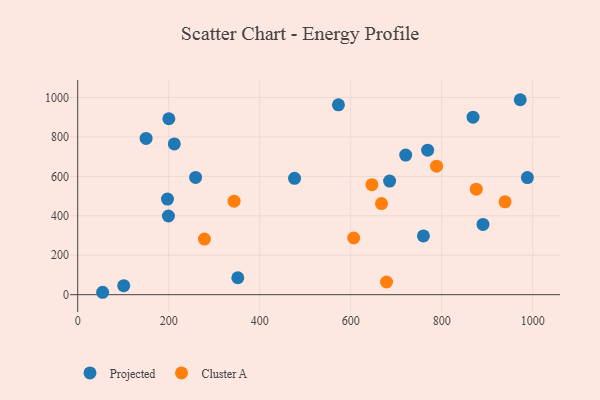
{"axis": {"x": "Investment", "y": "Salary"}, "legend": ["Cluster A", "Projected"], "data": [{"x": "988.1", "y": 593.7, "type": "Projected"}, {"x": "259.1", "y": 594.6, "type": "Projected"}, {"x": "199.4", "y": 399.0, "type": "Projected"}, {"x": "572.9", "y": 963.0, "type": "Projected"}, {"x": "759.7", "y": 298.0, "type": "Projected"}, {"x": "200.3", "y": 892.4, "type": "Projected"}, {"x": "351.8", "y": 85.9, "type": "Projected"}, {"x": "150.3", "y": 792.6, "type": "Projected"}, {"x": "476.5", "y": 590.1, "type": "Projected"}, {"x": "720.7", "y": 708.2, "type": "Projected"}, {"x": "212.3", "y": 764.5, "type": "Projected"}, {"x": "868.7", "y": 900.3, "type": "Projected"}, {"x": "769.0", "y": 732.8, "type": "Projected"}, {"x": "890.6", "y": 356.2, "type": "Projected"}, {"x": "972.4", "y": 988.8, "type": "Projected"}, {"x": "101.2", "y": 45.7, "type": "Projected"}, {"x": "685.4", "y": 576.2, "type": "Projected"}, {"x": "197.3", "y": 484.7, "type": "Projected"}, {"x": "54.8", "y": 12.2, "type": "Projected"}, {"x": "667.5", "y": 462.3, "type": "Cluster A"}, {"x": "646.5", "y": 558.0, "type": "Cluster A"}, {"x": "343.6", "y": 474.3, "type": "Cluster A"}, {"x": "678.6", "y": 64.4, "type": "Cluster A"}, {"x": "278.5", "y": 281.8, "type": "Cluster A"}, {"x": "875.8", "y": 535.0, "type": "Cluster A"}, {"x": "939.1", "y": 471.0, "type": "Cluster A"}, {"x": "788.6", "y": 651.9, "type": "Cluster A"}, {"x": "606.5", "y": 287.5, "type": "Cluster A"}]}